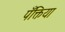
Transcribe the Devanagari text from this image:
पँक्तिया